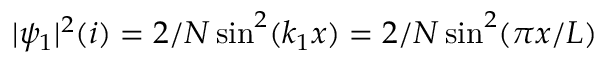
| \psi _ { 1 } | ^ { 2 } ( i ) = 2 / N \sin ^ { 2 } ( k _ { 1 } x ) = 2 / N \sin ^ { 2 } ( \pi x / L )